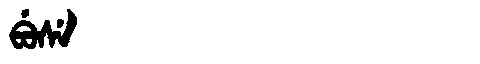
Manchu: ᠪᡠᠰᡝ
Romanization: BUSE